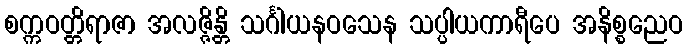
စက္ကဝတ္တိရာဇာ အလဇ္ဇိန္တိ သင်္ဂါယနဝသေန သပ္ပါယကာရီပေ အနိစ္စညေဝ